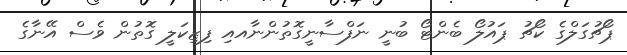
ޕޯޗުގަލްގެ ކޯޗު ޕައުލޯ ބެންޓޯ ބުނީ ނަފްސާނީގޮތުންނާއއި ފިޒިކަލީ ގޮތުން ވެސް އޭނާގެ